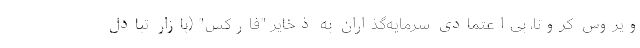
ویروس کرونا، بی‌اعتمادی سرمایه‌گذاران به ذخایر "فارکس" (بازار تبادل